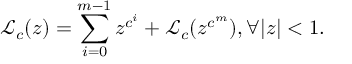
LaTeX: { \mathcal { L } } _ { c } ( z ) = \sum _ { i = 0 } ^ { m - 1 } z ^ { c ^ { i } } + { \mathcal { L } } _ { c } ( z ^ { c ^ { m } } ) , \forall | z | < 1 .